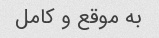
به موقع و کامل